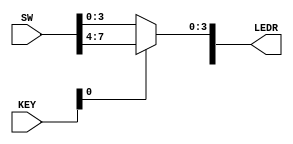
module PS2_ZAD4
	(input [7:0] SW,
	input [1:0] KEY,
	output reg [7:0] LEDR);
	
	always @(*)
		if (!KEY[0]) 	LEDR[3:0] = SW[3:0];
		else	LEDR[3:0] = SW[7:4];	
endmodule